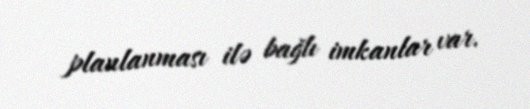
planlanması ilə bağlı imkanlar var.